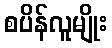
စပိန်လူမျိုး